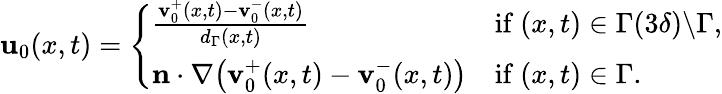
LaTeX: \begin{array}{r}{\mathbf{u}_{0}(x,t)=\left\{ \begin{array}{ll}{\frac{\mathbf{v}_{0}^{+}(x,t)-\mathbf{v}_{0}^{-}(x,t)}{d_{\Gamma}(x,t)}}&{\mathrm{if~}(x,t)\in\Gamma(3\delta)\backslash\Gamma,}\\ {\mathbf{n}\cdot\nabla\big(\mathbf{v}_{0}^{+}(x,t)-\mathbf{v}_{0}^{-}(x,t)\big)}&{\mathrm{if~}(x,t)\in\Gamma.}\end{array}\right.}\end{array}